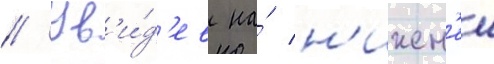
// Ув'и́д'ев на́ н'ижн'еи